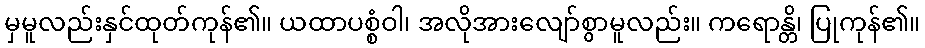
မှမူလည်းနှင်ထုတ်ကုန်၏။ ယထာပစ္စံဝါ၊ အလိုအားလျော်စွာမူလည်း။ ကရောန္တိ၊ ပြုကုန်၏။